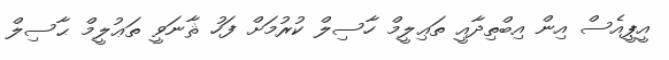
އީޕީއެސް އިން އިބްތިދާއީ ތަޢިލީމް ހާސިލް ކުރުމަށް ފަހު ޘާނަވީ ތަޢުލީމް ޙާސިލް